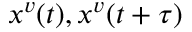
x ^ { v } ( t ) , x ^ { v } ( t + \tau )